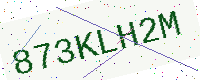
Text: 873KLH2M